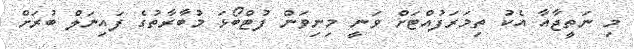
މި ނަތީޖާއާ އެކު ތިމަރަފުއްޓަށް ވަނީ މިނިވަން ފުޓްބޯޅަ މުބާރާތުގެ ފައިނަލް ބުރަށް